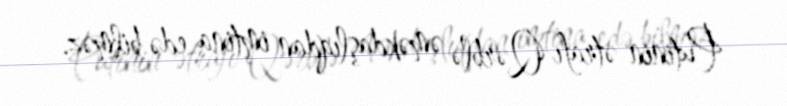
Putinin ətrafı Qərblə əməkdaşlıqdan imtina edə bilməz.